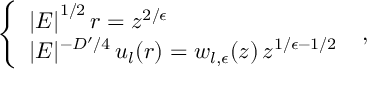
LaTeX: \left\{ \begin{array} { l } { { \left| E \right| ^ { 1 / 2 } r = z ^ { 2 / \epsilon } } } \\ { { | E | ^ { - D ^ { \prime } / 4 } \, u _ { l } ( r ) = w _ { l , \epsilon } ( z ) \, z ^ { 1 / \epsilon - 1 / 2 } } } \end{array} \right. \; ,